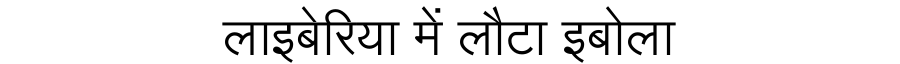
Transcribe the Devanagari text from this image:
लाइबेरिया में लौटा इबोला